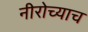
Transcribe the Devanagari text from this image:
नीरोच्याच